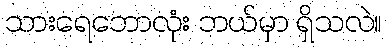
သားရေဘောလုံး ဘယ်မှာ ရှိသလဲ။